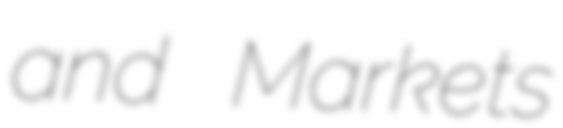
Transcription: and Markets